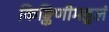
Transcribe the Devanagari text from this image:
किङ्किणीमञ्जुलं